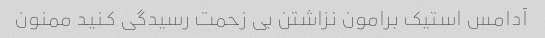
آدامس استیک برامون نزاشتن بی زحمت رسیدگی کنید ممنون